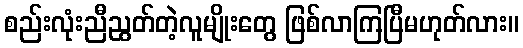
စည်းလုံးညီညွတ်တဲ့လူမျိုးတွေ ဖြစ်လာကြပြီမဟုတ်လား။